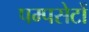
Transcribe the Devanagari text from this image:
पम्पसेटों